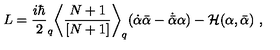
L = \frac { i \hbar } { 2 } _ { q } \biggl < \frac { N + 1 } { [ N + 1 ] } \biggr > _ { q } ( \dot { \alpha } \bar { \alpha } - \dot { \bar { \alpha } } \alpha ) - { \cal H } ( \alpha , \bar { \alpha } ) \ ,